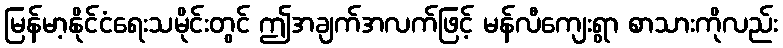
မြန်မာ့နိုင်ငံရေးသမိုင်းတွင် ဤအချက်အလက်ဖြင့် မန်လီကျေးရွာ စာသားကိုလည်း